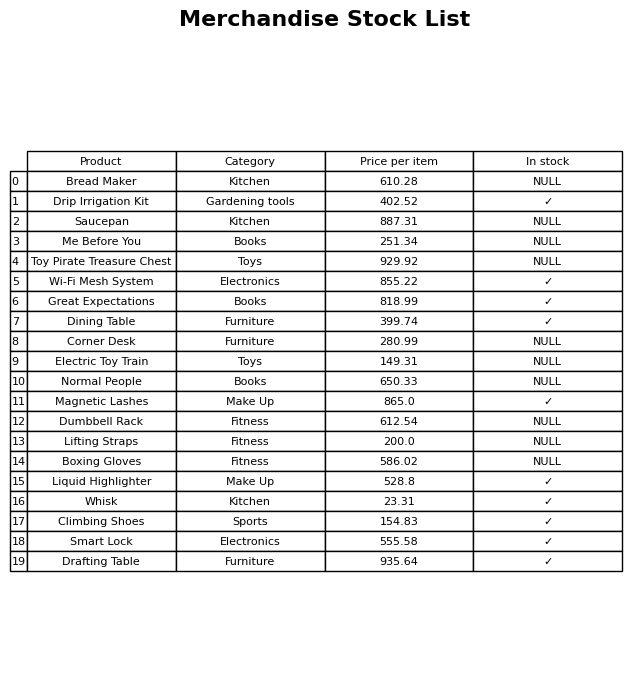
question: What category does the Toy Pirate Treasure Chest belong to?
answer: Toys